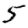
Digit: 5